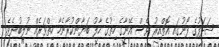
ޝަދަފުގެ ފޯނުގައި އޮތްއިރު ވެސް އޭނާގެ ހިތުގެ ހާލު ބަޔާންކުރާނެހާ ހިތްވަރެއް ނުލިބުނެވެ.